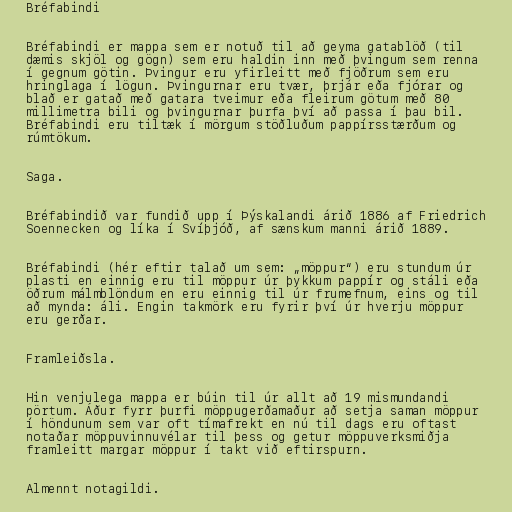
Bréfabindi

Bréfabindi er mappa sem er notuð til að geyma gatablöð (til
dæmis skjöl og gögn) sem eru haldin inn með þvingum sem renna
í gegnum götin. Þvingur eru yfirleitt með fjöðrum sem eru
hringlaga í lögun. Þvingurnar eru tvær, þrjár eða fjórar og
blað er gatað með gatara tveimur eða fleirum götum með 80
millimetra bili og þvingurnar þurfa því að passa í þau bil.
Bréfabindi eru tiltæk í mörgum stöðluðum pappírsstærðum og
rúmtökum.

Saga.

Bréfabindið var fundið upp í Þýskalandi árið 1886 af Friedrich
Soennecken og líka í Svíþjóð, af sænskum manni árið 1889.

Bréfabindi (hér eftir talað um sem: „möppur“) eru stundum úr
plasti en einnig eru til möppur úr þykkum pappír og stáli eða
öðrum málmblöndum en eru einnig til úr frumefnum, eins og til
að mynda: áli. Engin takmörk eru fyrir því úr hverju möppur
eru gerðar.

Framleiðsla.

Hin venjulega mappa er búin til úr allt að 19 mismundandi
pörtum. Áður fyrr þurfi möppugerðamaður að setja saman möppur
í höndunum sem var oft tímafrekt en nú til dags eru oftast
notaðar möppuvinnuvélar til þess og getur möppuverksmiðja
framleitt margar möppur í takt við eftirspurn.

Almennt notagildi.